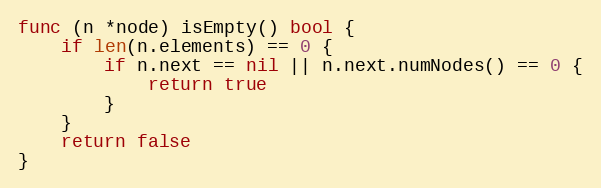
Language: Go
func (n *node) isEmpty() bool {
	if len(n.elements) == 0 {
		if n.next == nil || n.next.numNodes() == 0 {
			return true
		}
	}
	return false
}